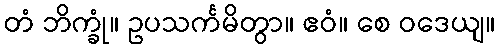
တံ ဘိက္ခုံ။ ဥပသင်္ကမိတွာ။ ဧဝံ။ စေ ဝဒေယျ။